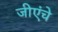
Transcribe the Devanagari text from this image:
जीएंचे